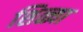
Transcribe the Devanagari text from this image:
शिळ्या